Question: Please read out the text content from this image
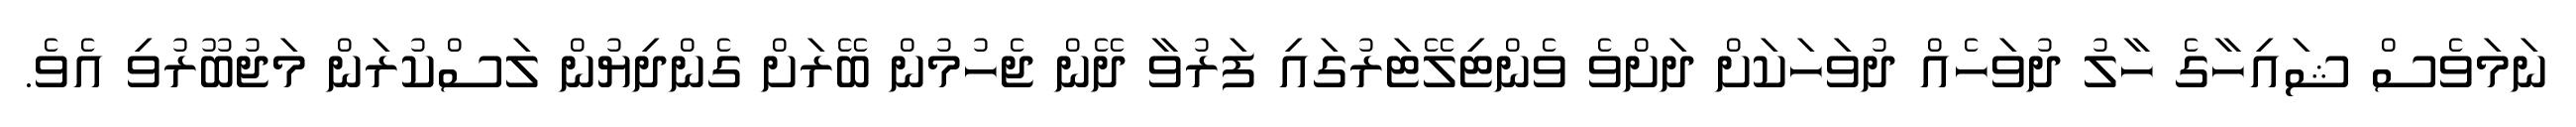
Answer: ނަމަވެސް ޝައިހާގެ ހާލު ދުވަހެއް ދުވަހަކަށް ދަށްވެ ވެންޓިލޭޓަރުގައި ފަރުވާ ދޭން ޖެހުމުން ބޭރަށް ގެންދިޔުން ލަސްކުރަން މަޖުބޫރުވި އެވެ.